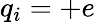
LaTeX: q_{i}=+e